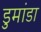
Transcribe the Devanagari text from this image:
डुमांडा